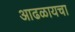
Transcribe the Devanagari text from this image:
आढळायचा